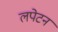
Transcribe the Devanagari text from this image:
लपेटन